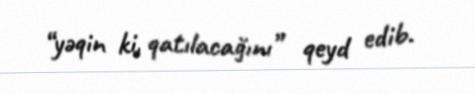
“yəqin ki, qatılacağını” qeyd edib.